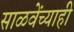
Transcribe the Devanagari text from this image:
साळवेंच्याही